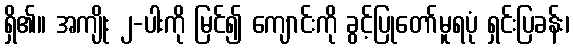
ရှိ၏။ အကျိုး ၂-ပါးကို မြင်၍ ကျောင်းကို ခွင့်ပြုတော်မူရပုံ ရှင်းပြခန်း၊